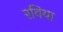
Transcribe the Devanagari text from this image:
रविया